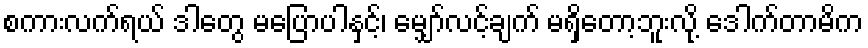
စကားလက်ရယ် ဒါတွေ မပြောပါနှင့်၊ မျှော်လင့်ချက် မရှိတော့ဘူးလို့ ဒေါက်တာမိက